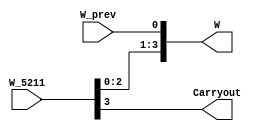
`timescale 1ns / 1ps
//////////////////////////////////////////////////////////////////////////////////
// Company: 
// Engineer: 
// 
// Design Name: 
// Module Name: L1shifter_4221
// Project Name: 
// Target Devices: 
// Tool Versions: 
// Description: 
// 
// Dependencies: 
// 
// Revision:
// Revision 0.01 - File Created
// Additional Comments:
// 
//////////////////////////////////////////////////////////////////////////////////


module L1shifter_4221(
    input W_prev,
    input [3:0] W_5211,
    output [3:0] W,
    output Carryout
    );

assign W = {W_5211[2],W_5211[1],W_5211[0],W_prev};
assign Carryout = W_5211[3];
endmodule